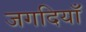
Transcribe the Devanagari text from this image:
जगदियाँ